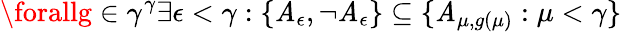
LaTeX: \forallg\in\gamma^{\gamma}\exists\epsilon<\gamma:\{ \mathit{A}_{\epsilon},\neg\mathit{A}_{\epsilon}\} \subseteq\{ \mathit{A}_{\mu,g(\mu)}:\mu<\gamma\}